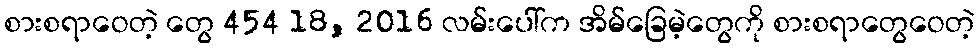
စားစရာဝေတဲ့ တွေ 454 18, 2016 လမ်းပေါ်က အိမ်ခြေမဲ့တွေကို စားစရာတွေဝေတဲ့